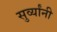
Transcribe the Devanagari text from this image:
सुर्व्यांनी